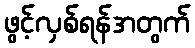
ဖွင့်လှစ်ရန်အတွက်